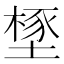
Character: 𣗃